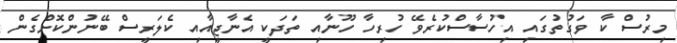
މިރުސް ކާ ވަގުތުގައި އިހުސާސްކުރެވޭ ހުރިހާ ހޫނާއި ތަދަކީ އެނާޖީއާއި ކެލަރީސް ބޭނުންކޮށްގެން